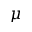
\mu